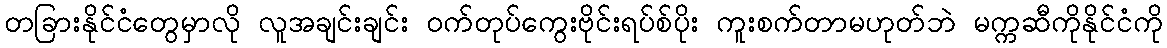
တခြားနိုင်ငံတွေမှာလို လူအချင်းချင်း ဝက်တုပ်ကွေးဗိုင်းရပ်စ်ပိုး ကူးစက်တာမဟုတ်ဘဲ မက္ကဆီကိုနိုင်ငံကို